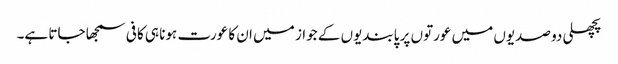
پچھلی دو صدیوں میں عورتوں پر پابندیوں کے جواز میں ان کا عورت ہونا ہی کافی سمجھا جاتا ہے۔